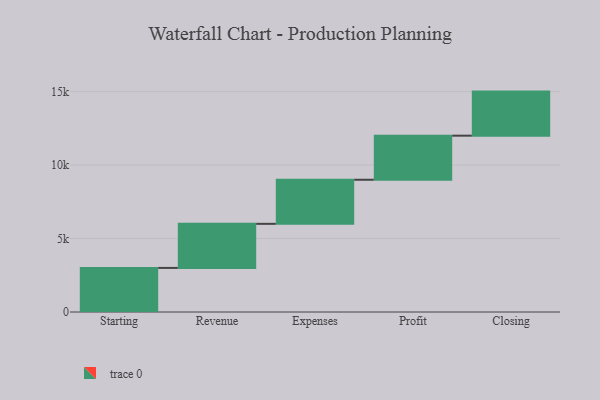
{"axis": {"x": "Step", "y": "Value"}, "legend": [""], "data": [{"x": "Starting", "y": 3000, "type": ""}, {"x": "Revenue", "y": 3000, "type": ""}, {"x": "Expenses", "y": 3000, "type": ""}, {"x": "Profit", "y": 3000, "type": ""}, {"x": "Closing", "y": 3000, "type": ""}]}